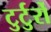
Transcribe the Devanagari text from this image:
टुर्टुर्रो